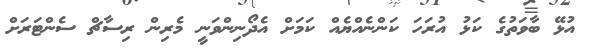
އުޅޭ ބާވަތުގެ ކަޅު އުރަހަ ކަންނެއްޔެއް ކަމަށް އެދޯނިންވަނީ މެރިން ރިސާޗް ސެންޓަރަށް